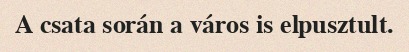
A csata során a város is elpusztult.